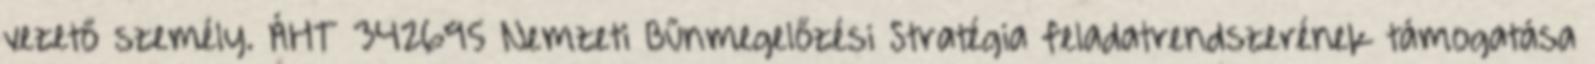
vezető személy. ÁHT 342695 Nemzeti Bűnmegelőzési Stratégia feladatrendszerének támogatása